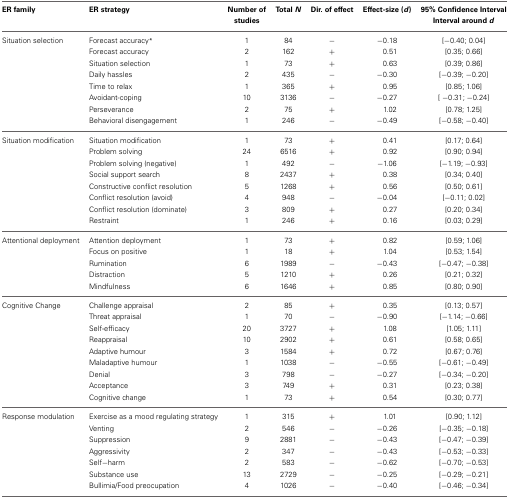
<table><thead><tr><td><b>ER family</b></td><td><b>ER strategy</b></td><td><b>Number of studies</b></td><td><b>Total <i>N</i></b></td><td><b>Dir. of effect</b></td><td><b>Effect-size (<i>d</i>)</b></td><td><b>95% Confidence Interval Interval around <i>d</i></b></td></tr></thead><tbody><tr><td>Situation selection</td><td>Forecast accuracy<sup>*</sup></td><td>1</td><td>84</td><td>−</td><td>−0.18</td><td>[−0.40; 0.04]</td></tr><tr><td></td><td>Forecast accuracy</td><td>2</td><td>162</td><td>+</td><td>0.51</td><td>[0.35; 0.66]</td></tr><tr><td></td><td>Situation selection</td><td>1</td><td>73</td><td>+</td><td>0.63</td><td>[0.39; 0.86]</td></tr><tr><td></td><td>Daily hassles</td><td>2</td><td>435</td><td>−</td><td>−0.30</td><td>[−0.39; −0.20]</td></tr><tr><td></td><td>Time to relax</td><td>1</td><td>365</td><td>+</td><td>0.95</td><td>[0.85; 1.06]</td></tr><tr><td></td><td>Avoidant-coping</td><td>10</td><td>3136</td><td>−</td><td>−0.27</td><td>[ −0.31; −0.24]</td></tr><tr><td></td><td>Perseverance</td><td>2</td><td>75</td><td>+</td><td>1.02</td><td>[0.78; 1.25]</td></tr><tr><td></td><td>Behavioral disengagement</td><td>1</td><td>246</td><td>−</td><td>−0.49</td><td>[−0.58; −0.40]</td></tr><tr><td>Situation modification</td><td>Situation modification</td><td>1</td><td>73</td><td>+</td><td>0.41</td><td>[0.17; 0.64]</td></tr><tr><td></td><td>Problem solving</td><td>24</td><td>6516</td><td>+</td><td>0.92</td><td>[0.90; 0.94]</td></tr><tr><td></td><td>Problem solving (negative)</td><td>1</td><td>492</td><td>−</td><td>−1.06</td><td>[−1.19; −0.93]</td></tr><tr><td></td><td>Social support search</td><td>8</td><td>2437</td><td>+</td><td>0.38</td><td>[0.34; 0.40]</td></tr><tr><td></td><td>Constructive conflict resolution</td><td>5</td><td>1268</td><td>+</td><td>0.56</td><td>[0.50; 0.61]</td></tr><tr><td></td><td>Conflict resolution (avoid)</td><td>4</td><td>948</td><td>−</td><td>−0.04</td><td>[−0.11; 0.02]</td></tr><tr><td></td><td>Conflict resolution (dominate)</td><td>3</td><td>809</td><td>+</td><td>0.27</td><td>[0.20; 0.34]</td></tr><tr><td></td><td>Restraint</td><td>1</td><td>246</td><td>+</td><td>0.16</td><td>[0.03; 0.29]</td></tr><tr><td>Attentional deployment</td><td>Attention deployment</td><td>1</td><td>73</td><td>+</td><td>0.82</td><td>[0.59; 1.06]</td></tr><tr><td></td><td>Focus on positive</td><td>1</td><td>18</td><td>+</td><td>1.04</td><td>[0.53; 1.54]</td></tr><tr><td></td><td>Rumination</td><td>6</td><td>1989</td><td>−</td><td>−0.43</td><td>[−0.47; −0.38]</td></tr><tr><td></td><td>Distraction</td><td>5</td><td>1210</td><td>+</td><td>0.26</td><td>[0.21; 0.32]</td></tr><tr><td></td><td>Mindfulness</td><td>6</td><td>1646</td><td>+</td><td>0.85</td><td>[0.80; 0.90]</td></tr><tr><td>Cognitive Change</td><td>Challenge appraisal</td><td>2</td><td>85</td><td>+</td><td>0.35</td><td>[0.13; 0.57]</td></tr><tr><td></td><td>Threat appraisal</td><td>1</td><td>70</td><td>−</td><td>−0.90</td><td>[−1.14; −0.66]</td></tr><tr><td></td><td>Self-efficacy</td><td>20</td><td>3727</td><td>+</td><td>1.08</td><td>[1.05; 1.11]</td></tr><tr><td></td><td>Reappraisal</td><td>10</td><td>2902</td><td>+</td><td>0.61</td><td>[0.58; 0.65]</td></tr><tr><td></td><td>Adaptive humour</td><td>3</td><td>1584</td><td>+</td><td>0.72</td><td>[0.67; 0.76]</td></tr><tr><td></td><td>Maladaptive humour</td><td>1</td><td>1038</td><td>−</td><td>−0.55</td><td>[−0.61; −0.49]</td></tr><tr><td></td><td>Denial</td><td>3</td><td>798</td><td>−</td><td>−0.27</td><td>[−0.34; −0.20]</td></tr><tr><td></td><td>Acceptance</td><td>3</td><td>749</td><td>+</td><td>0.31</td><td>[0.23; 0.38]</td></tr><tr><td></td><td>Cognitive change</td><td>1</td><td>73</td><td>+</td><td>0.54</td><td>[0.30; 0.77]</td></tr><tr><td>Response modulation</td><td>Exercise as a mood regulating strategy</td><td>1</td><td>315</td><td>+</td><td>1.01</td><td>[0.90; 1.12]</td></tr><tr><td></td><td>Venting</td><td>2</td><td>546</td><td>−</td><td>−0.26</td><td>[−0.35; −0.18]</td></tr><tr><td></td><td>Suppression</td><td>9</td><td>2881</td><td>−</td><td>−0.43</td><td>[−0.47; −0.39]</td></tr><tr><td></td><td>Aggressivity</td><td>2</td><td>347</td><td>−</td><td>−0.43</td><td>[−0.53; −0.33]</td></tr><tr><td></td><td>Self−harm</td><td>2</td><td>583</td><td>−</td><td>−0.62</td><td>[−0.70; −0.53]</td></tr><tr><td></td><td>Substance use</td><td>13</td><td>2729</td><td>−</td><td>−0.25</td><td>[−0.29; −0.21]</td></tr><tr><td></td><td>Bullimia/Food preocupation</td><td>4</td><td>1026</td><td>−</td><td>−0.40</td><td>[−0.46; −0.34]</td></tr></tbody></table>